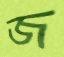
জ